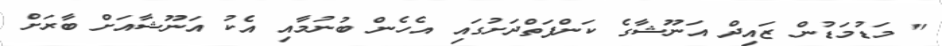
" މަޑުމަޑުން ޒައިދް އަނޫޝާގެ ކަންފަތްދަށުގައި އެހެން ބުނުމާއި އެކު އަނޫޝާއަށް ބާރަށް